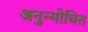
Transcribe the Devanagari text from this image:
अनुन्मोचित